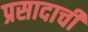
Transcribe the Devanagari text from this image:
प्रसादाची